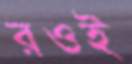
রওই